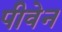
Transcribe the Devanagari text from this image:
पीवेन